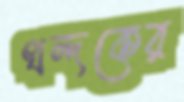
খন্দকের